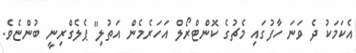
އެކަމަކު ދެ ވަނަ ހާފުގައި މެޗުގެ ކޮންޓްރޯލް އަހަރެމެން އަތުލި" ޕެލެގްރިނީ ބުންޏެވެ.